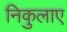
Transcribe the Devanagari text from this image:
निकुलाए